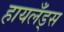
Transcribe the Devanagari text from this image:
हायलँड्स